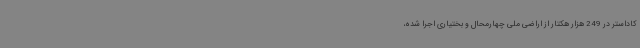
کاداستر در 249 هزار هکتار از اراضی ملی چهارمحال و بختیاری اجرا شده،